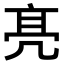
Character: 𠅙